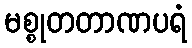
မစ္စုတတာဏပရံ